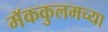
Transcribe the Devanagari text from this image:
मॅककुलमच्या